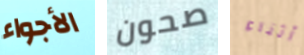
الأجواء صحون وأثناء